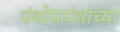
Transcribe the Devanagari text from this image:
पंथोपपंथांच्या